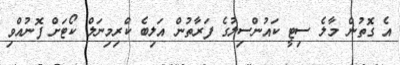
އެ ގޮތުން މާލެ ސިޓީ ކައުންސިލުގެ ފަރާތުން އަލިބެ ކްރިމިނަލް ކޯޓަށް ފޮނުއްވި